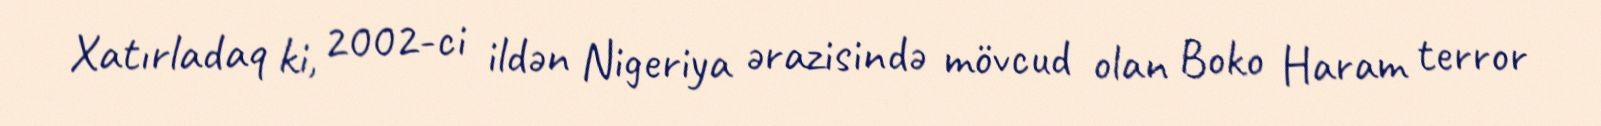
Xatırladaq ki, 2002-ci ildən Nigeriya ərazisində mövcud olan Boko Haram terror